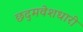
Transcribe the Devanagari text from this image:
छद्‍मवेशधारी